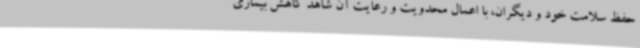
حفظ سلامت خود و دیگران، با اعمال محدویت و رعایت آن شاهد کاهش بیماری